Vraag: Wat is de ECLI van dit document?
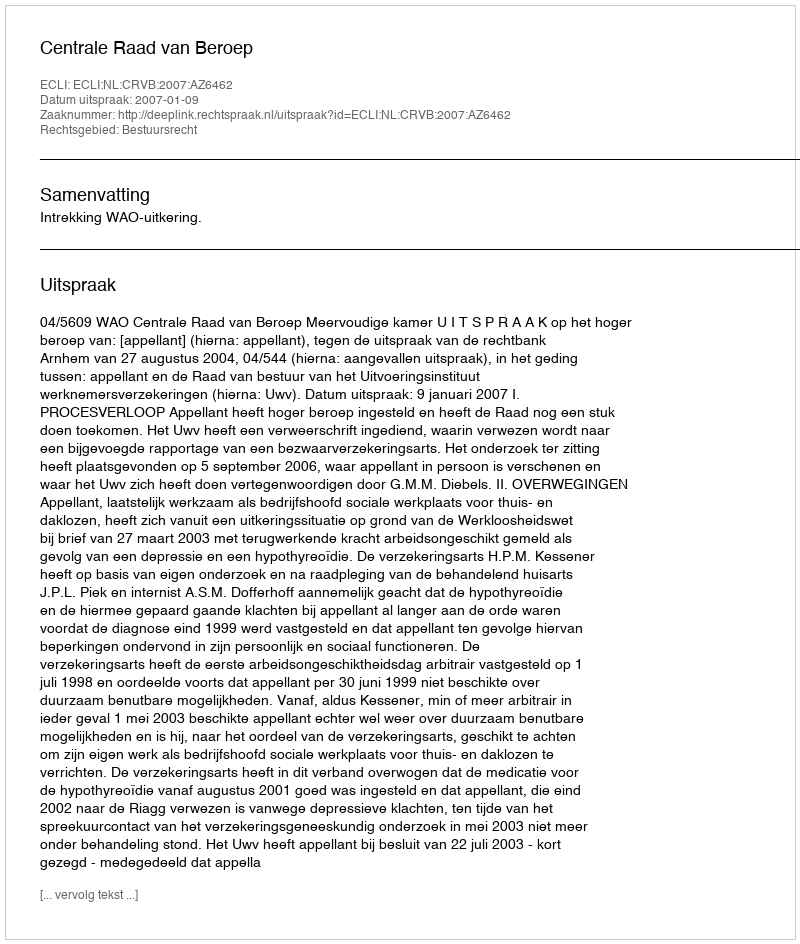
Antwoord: ECLI:NL:CRVB:2007:AZ6462